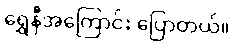
ရွှေနီအကြောင်း ပြောတယ်။